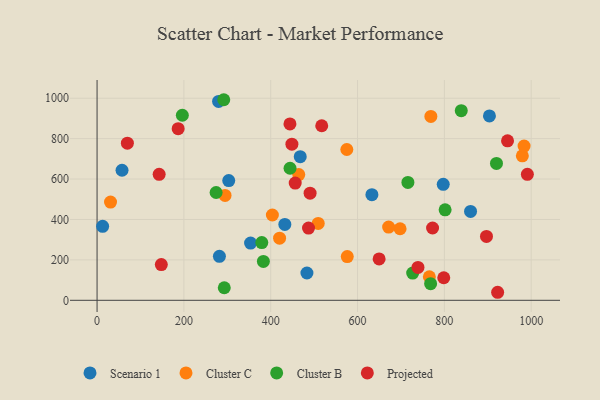
{"axis": {"x": "Study Hours", "y": "Demand"}, "legend": ["Cluster B", "Cluster C", "Projected", "Scenario 1"], "data": [{"x": "633.1", "y": 522.9, "type": "Scenario 1"}, {"x": "12.8", "y": 366.1, "type": "Scenario 1"}, {"x": "860.3", "y": 439.7, "type": "Scenario 1"}, {"x": "903.8", "y": 912.2, "type": "Scenario 1"}, {"x": "303.3", "y": 592.5, "type": "Scenario 1"}, {"x": "432.5", "y": 375.6, "type": "Scenario 1"}, {"x": "57.5", "y": 643.4, "type": "Scenario 1"}, {"x": "353.6", "y": 283.3, "type": "Scenario 1"}, {"x": "797.4", "y": 574.1, "type": "Scenario 1"}, {"x": "279.9", "y": 983.9, "type": "Scenario 1"}, {"x": "281.8", "y": 217.5, "type": "Scenario 1"}, {"x": "468.0", "y": 710.6, "type": "Scenario 1"}, {"x": "483.4", "y": 135.1, "type": "Scenario 1"}, {"x": "509.4", "y": 380.5, "type": "Cluster C"}, {"x": "576.3", "y": 216.2, "type": "Cluster C"}, {"x": "420.4", "y": 307.2, "type": "Cluster C"}, {"x": "698.0", "y": 354.0, "type": "Cluster C"}, {"x": "979.6", "y": 714.7, "type": "Cluster C"}, {"x": "31.0", "y": 486.2, "type": "Cluster C"}, {"x": "768.9", "y": 909.8, "type": "Cluster C"}, {"x": "671.6", "y": 362.2, "type": "Cluster C"}, {"x": "294.8", "y": 519.0, "type": "Cluster C"}, {"x": "403.8", "y": 422.2, "type": "Cluster C"}, {"x": "983.6", "y": 763.3, "type": "Cluster C"}, {"x": "464.6", "y": 622.2, "type": "Cluster C"}, {"x": "765.4", "y": 116.6, "type": "Cluster C"}, {"x": "575.3", "y": 746.3, "type": "Cluster C"}, {"x": "196.4", "y": 915.8, "type": "Cluster B"}, {"x": "716.0", "y": 583.2, "type": "Cluster B"}, {"x": "291.8", "y": 992.5, "type": "Cluster B"}, {"x": "768.3", "y": 82.2, "type": "Cluster B"}, {"x": "274.2", "y": 533.5, "type": "Cluster B"}, {"x": "727.0", "y": 134.5, "type": "Cluster B"}, {"x": "920.0", "y": 677.2, "type": "Cluster B"}, {"x": "383.1", "y": 192.5, "type": "Cluster B"}, {"x": "444.5", "y": 653.5, "type": "Cluster B"}, {"x": "801.7", "y": 447.9, "type": "Cluster B"}, {"x": "293.0", "y": 62.1, "type": "Cluster B"}, {"x": "838.9", "y": 938.3, "type": "Cluster B"}, {"x": "379.4", "y": 285.4, "type": "Cluster B"}, {"x": "991.2", "y": 623.6, "type": "Projected"}, {"x": "772.8", "y": 357.8, "type": "Projected"}, {"x": "649.7", "y": 204.9, "type": "Projected"}, {"x": "487.1", "y": 357.3, "type": "Projected"}, {"x": "798.6", "y": 111.6, "type": "Projected"}, {"x": "186.8", "y": 849.3, "type": "Projected"}, {"x": "897.0", "y": 316.2, "type": "Projected"}, {"x": "922.7", "y": 39.7, "type": "Projected"}, {"x": "448.8", "y": 772.5, "type": "Projected"}, {"x": "517.5", "y": 863.7, "type": "Projected"}, {"x": "444.3", "y": 872.6, "type": "Projected"}, {"x": "490.7", "y": 530.0, "type": "Projected"}, {"x": "945.5", "y": 789.0, "type": "Projected"}, {"x": "148.0", "y": 176.7, "type": "Projected"}, {"x": "456.4", "y": 580.0, "type": "Projected"}, {"x": "143.0", "y": 623.5, "type": "Projected"}, {"x": "739.2", "y": 162.9, "type": "Projected"}, {"x": "69.8", "y": 777.3, "type": "Projected"}]}